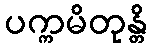
ပက္ကမိတုန္တိ